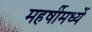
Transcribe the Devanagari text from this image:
महर्षीमध्यें